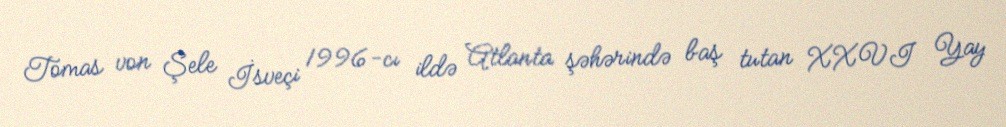
Tomas von Şele İsveçi 1996-cı ildə Atlanta şəhərində baş tutan XXVI Yay